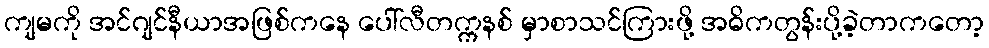
ကျမကို အင်ဂျင်နီယာအဖြစ်ကနေ ပေါ်လီတက္ကနစ် မှာစာသင်ကြားဖို့ အဓိကတွန်းပို့ခဲ့တာကတော့